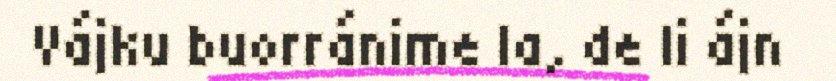
Vájku buorránime la, de li ájn